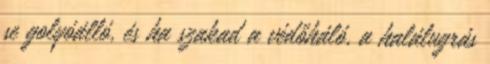
se golyóálló, és ha szakad a védőháló, a halálugrás